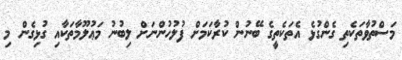
މަސްތުވާތަކެތި ގެންގުޅެ އެތަކެތީގެ ބޭނުން ކުރާކަމަށް ފުލުހުންނަށް ލިބުނު މަޢުލޫމާތަކާއި ގުޅިގެން މި